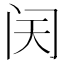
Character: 𬮜